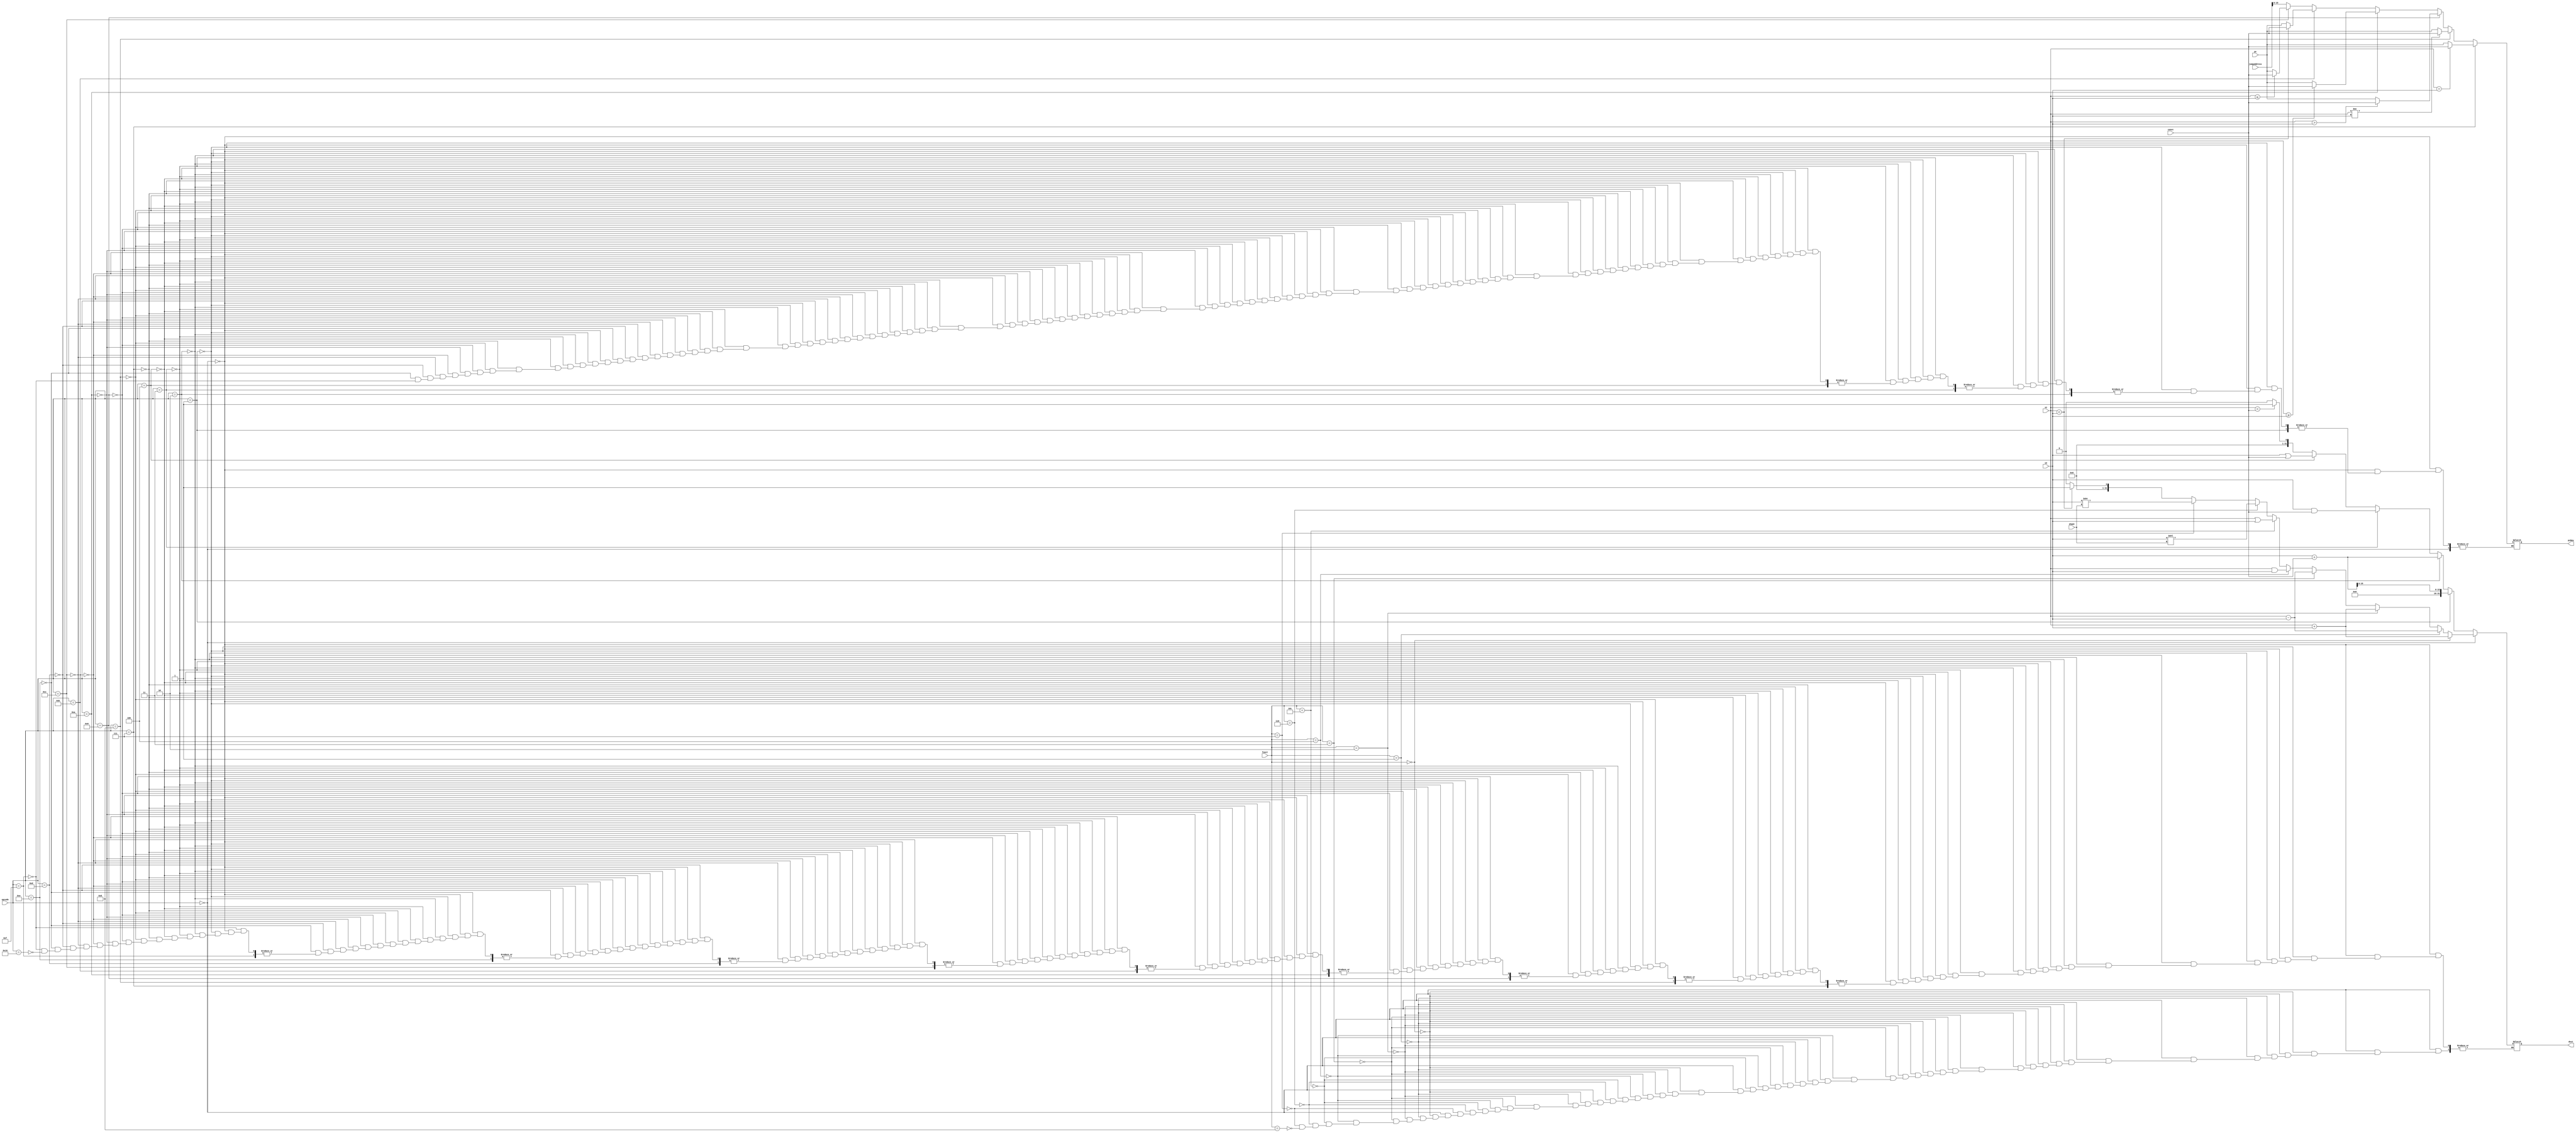
// Shrey Bansal (210997)
// Narendra Singh (210649)

// Module to perform the arithmetic and logical operations
module alu(opcode, funct, shamt, s1, s2, dest, pc, const, pcNew, jumpAddress);

    input [4:0] funct, shamt;
    input [5:0] opcode;
    input [15:0] pc, const;
    input [25:0] jumpAddress;
    input [31:0] s1, s2;
    output reg [15:0] pcNew;
    output reg [31:0] dest;

    always @(*) begin
        
        if(opcode == 0) begin
            if(funct == 0) dest = s1 + s2;
            else if(funct == 1) dest = s1 - s2;
            else if(funct == 2) dest = s1 + s2;
            else if(funct == 3) dest = s1 - s2;
            else if(funct == 4) dest = s1 & s2;
            else if(funct == 5) dest = s1 | s2;
            else if(funct == 6) dest = s2 << shamt;
            else if(funct == 7) dest = s2 >> shamt;
            else if(funct == 8) dest = (s1 < s2 ? 32'd1 : 32'd0);
        end
        else if(opcode == 1) begin
            dest = s2 + {16'd0, const};                   // Will be stored in s1 register
            dest = {16'd0, dest[15:0]};
        end
        else if(opcode == 2) dest = s2 + {16'd0, const};  // Will be stored in s1 register
        else if(opcode == 3) dest = s2 & {16'd0, const};  // Will be stored in s1 register
        else if(opcode == 4) dest = s2 | {16'd0, const};  // Will be stored in s1 register
        else if(opcode == 7) pcNew = (s1 == s2 ? const : pc);
        else if(opcode == 8) pcNew = (s1 != s2 ? const : pc);
        else if(opcode == 9) pcNew = (s1 > s2 ? const : pc);
        else if(opcode == 10) pcNew = (s1 >= s2 ? const : pc);
        else if(opcode == 11) pcNew = (s1 < s2 ? const : pc);
        else if(opcode == 12) pcNew = (s1 <= s2 ? const : pc);
        else if(opcode == 13) pcNew = jumpAddress;
        else if(opcode == 14) pcNew = jumpAddress;
        else if(opcode == 15) pcNew = jumpAddress;
        else if(opcode == 16) dest = (s1 < {16'd0, const} ? 32'd1 : 32'd0);  // Will be stored in s2 register

    end

endmodule